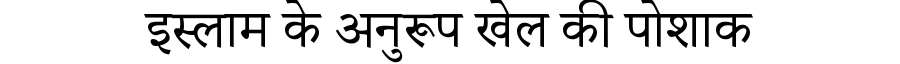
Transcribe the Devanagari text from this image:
इस्लाम के अनुरूप खेल की पोशाक